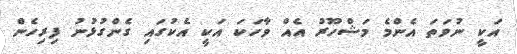
އަކީ ނުވަތަ އެންމެ މަޝްހޫރު އެއް ވާހަކަ އަކީ އެކުގައި ގެންގުޅުނު ފިރިހެން